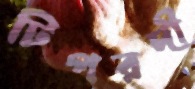
টিপরদী